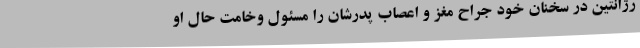
رژانتین در سخنان خود جراح مغز و اعصاب پدرشان را مسئول وخامت حال او